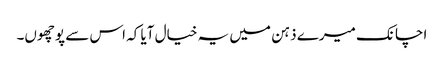
اچانک میرے ذہن میں یہ خیال آیا کہ اس سے پوچھوں۔